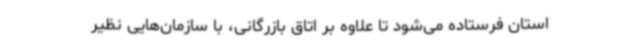
استان فرستاده می‌شود تا علاوه بر اتاق بازرگانی، با سازمان‌هایی نظیر